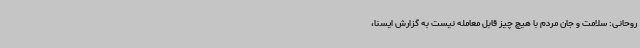
روحانی: سلامت و جان مردم با هیچ چیز قابل معامله نیست به گزارش ایسنا،